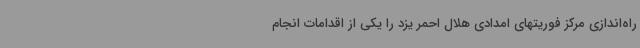
راه‌اندازی مرکز فوریتهای امدادی هلال احمر یزد را یکی از اقدامات انجام